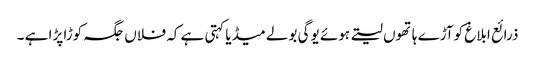
ذرائع ابلاغ کوآڑے ہاتھوں لیتے ہوئے یوگی بولے میڈیا کہتی ہے کہ فلاں جگہ کوڑا پڑا ہے ۔